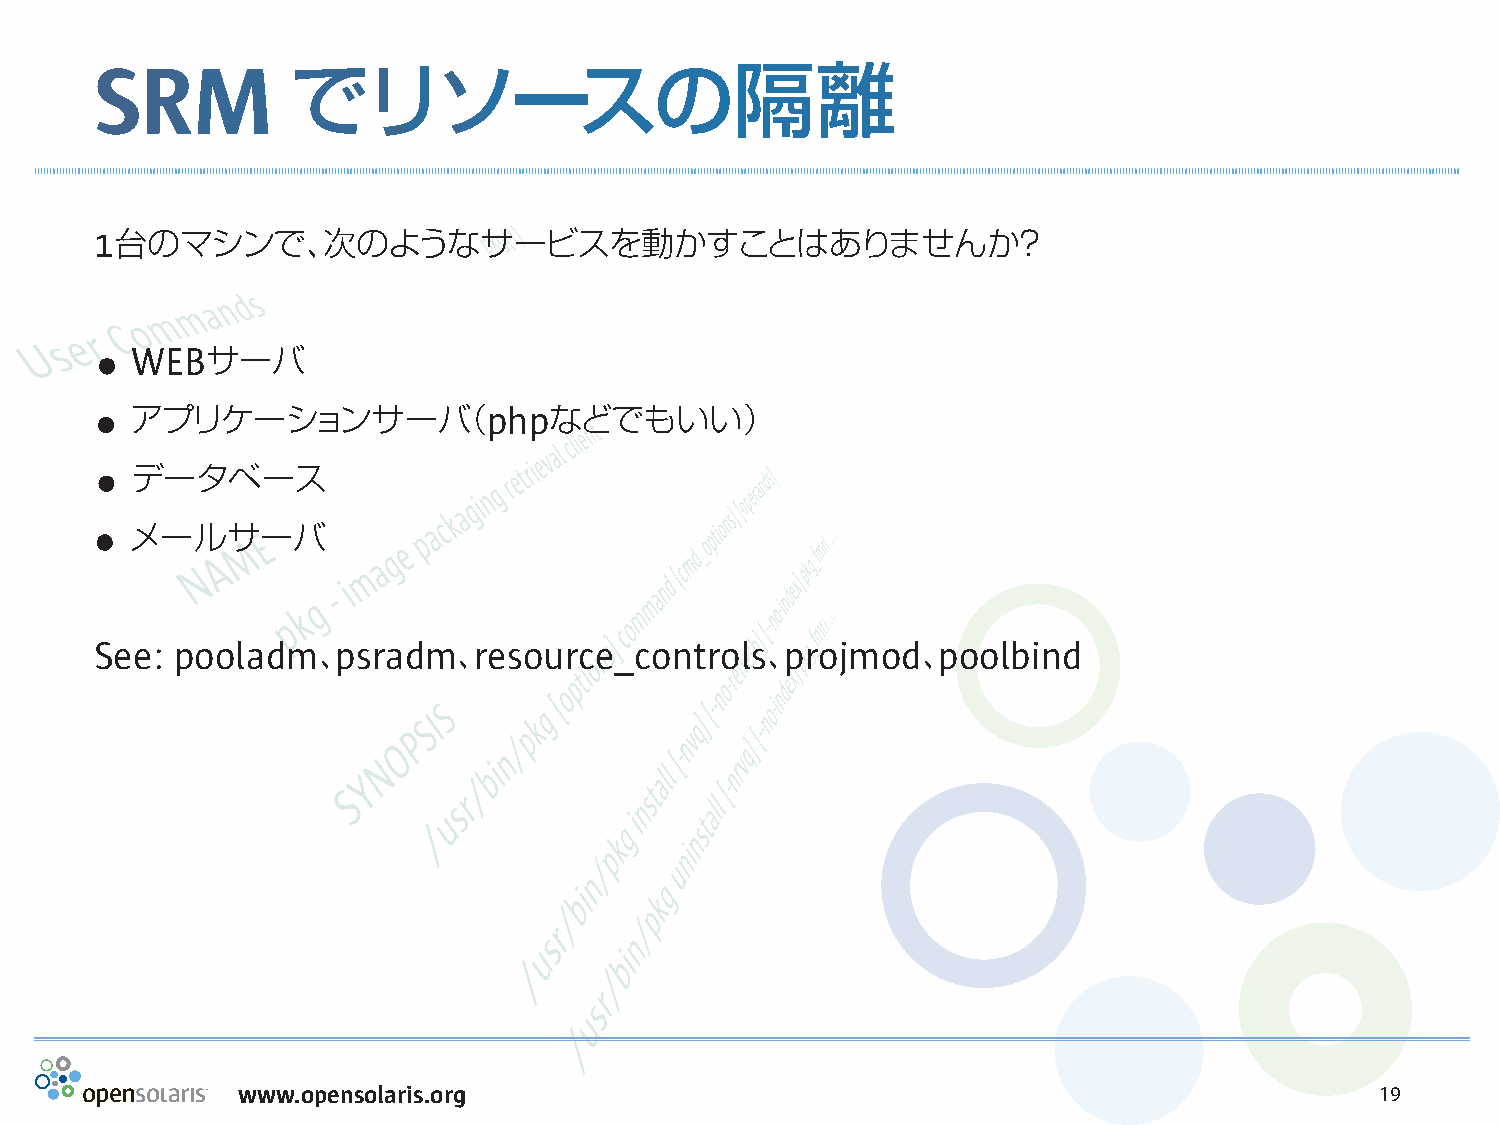
SRM          でリソースの隔離
 1台のマシンで、次のようなサービスを動かすことはありませんか？
 .
 WEBサーバ
 .
 アプリケーションサーバ（phpなどでもいい）
 .
 データベース
 .
 メールサーバ
 See:  pooladm、psradm、resource_controls、projmod、poolbind
 www.opensolaris.org                                                        19